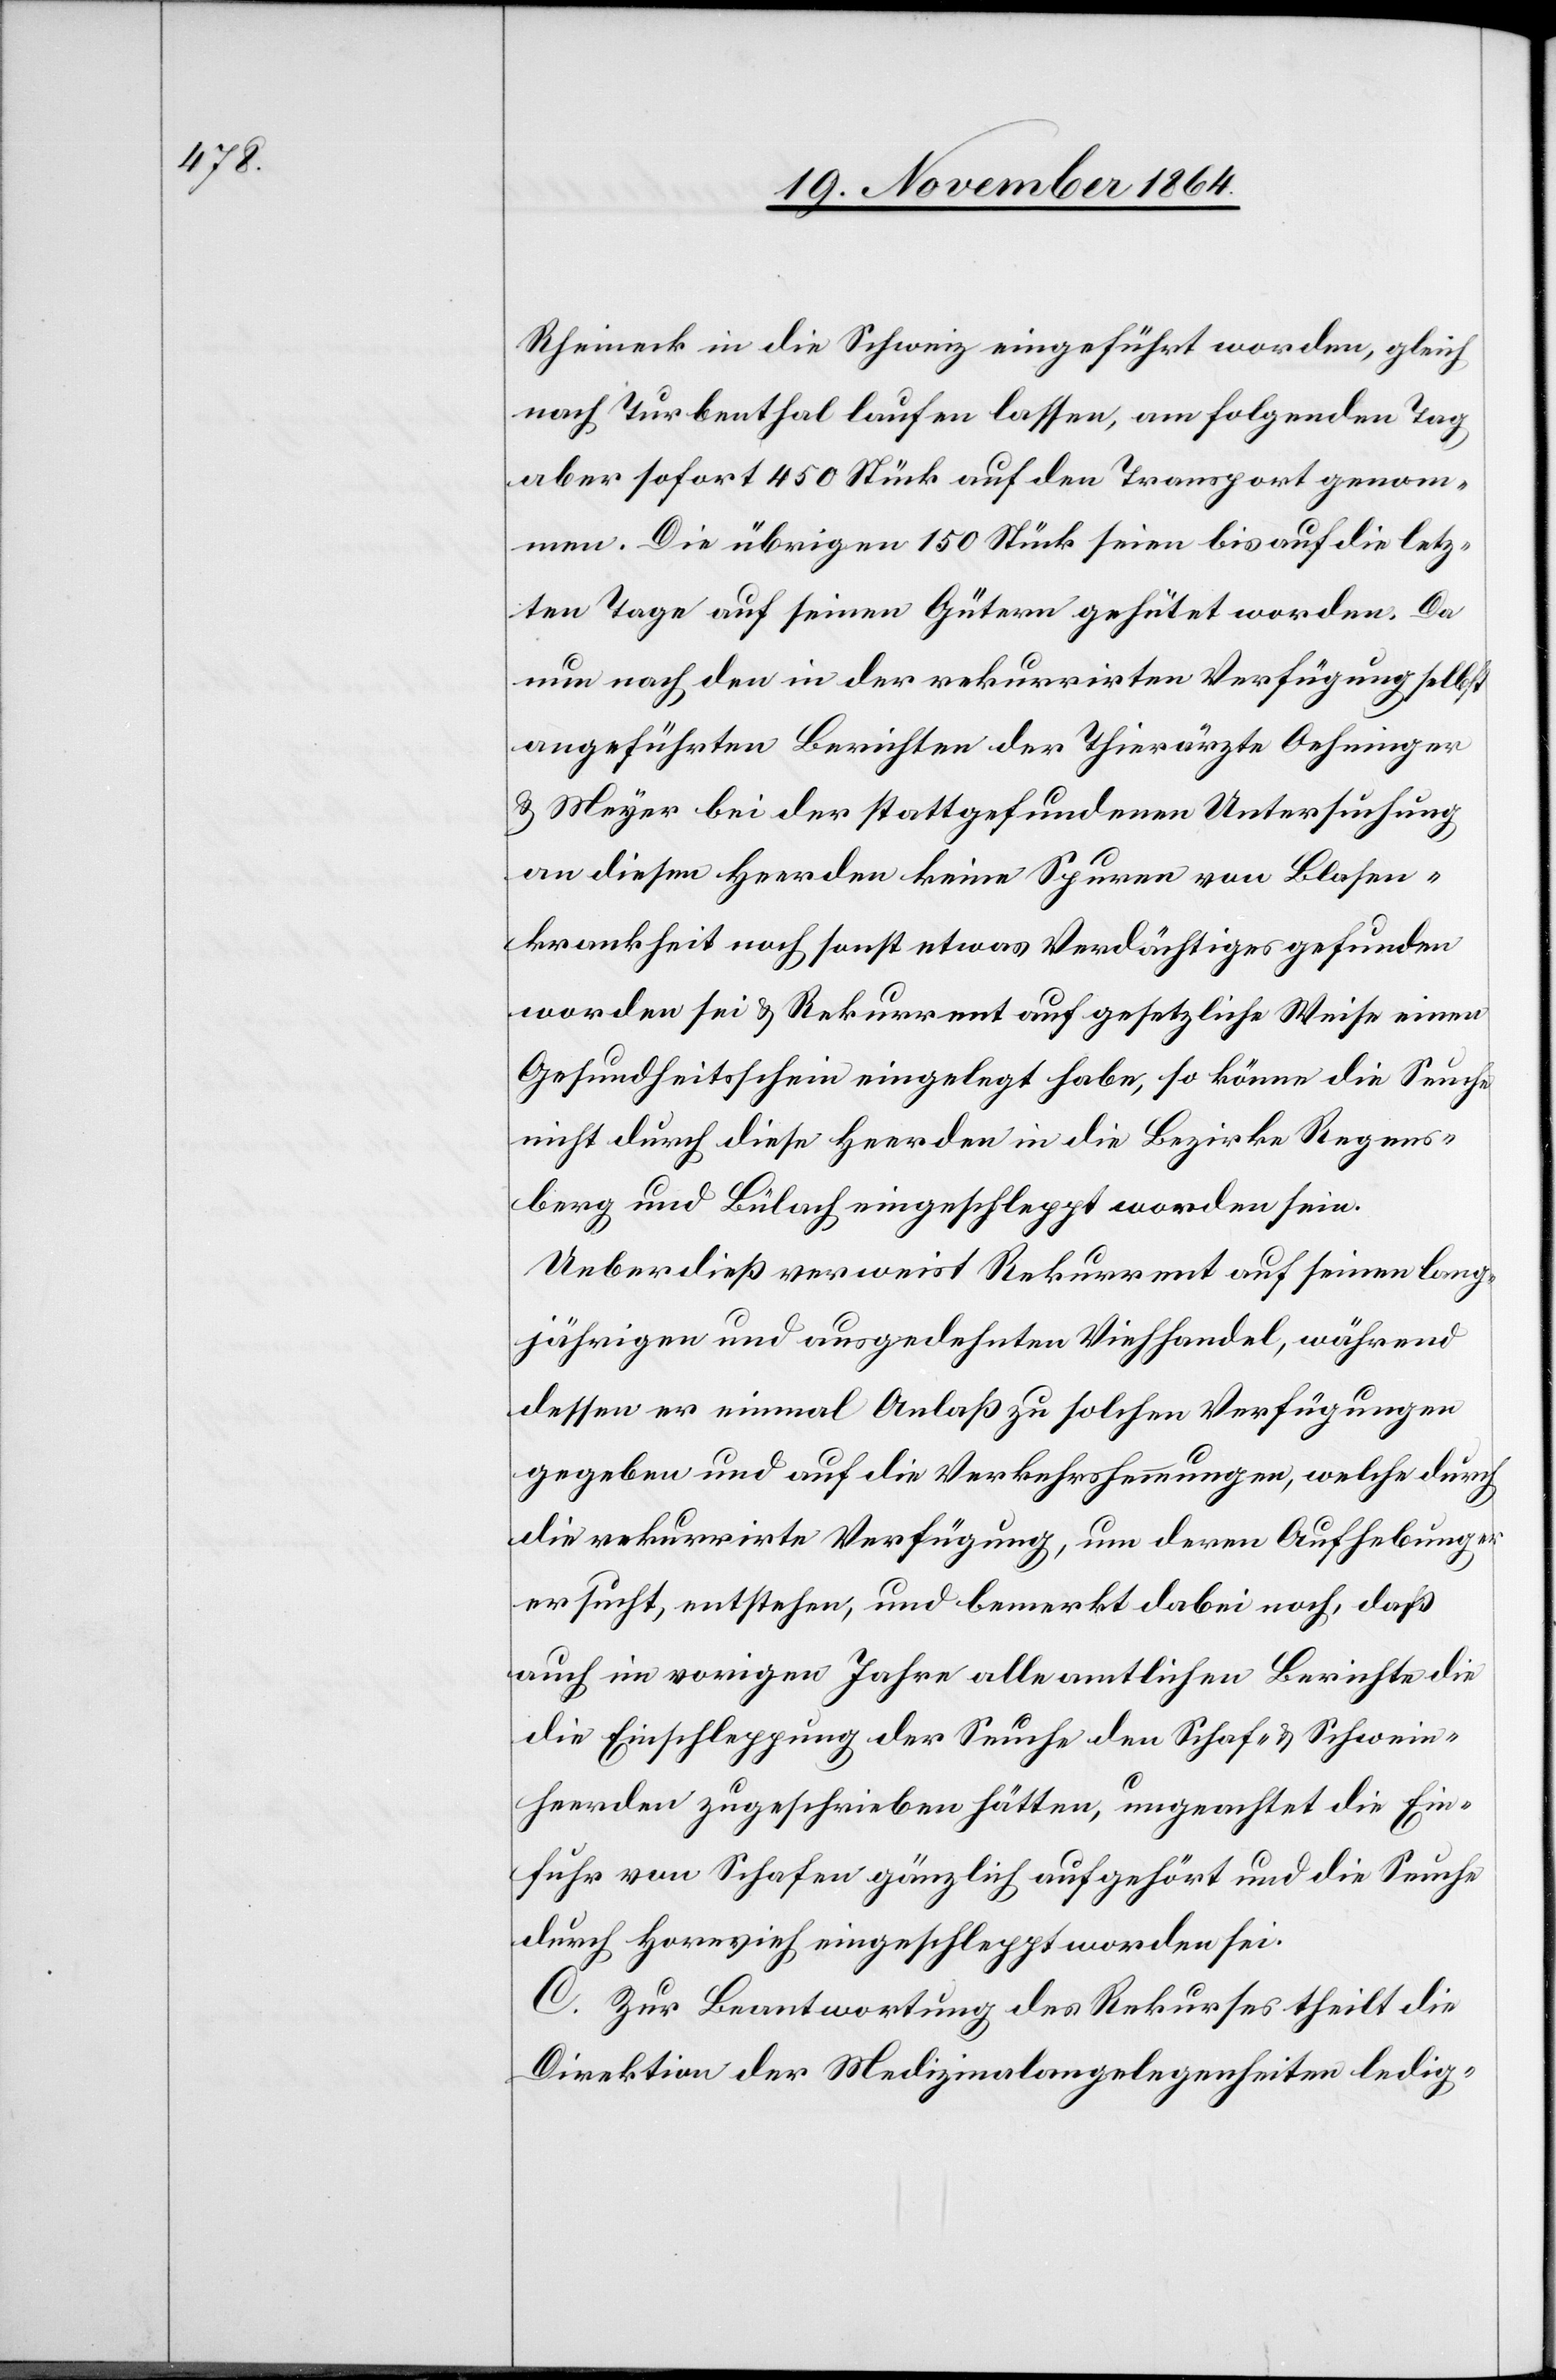
Rheineck in die Schweiz eingeführt worden, gleich
nach Turbenthal laufen lassen, am folgenden Tag
aber sofort 450 Stück auf den Transport genom¬
men. Die übrigen 150 Stück seien bis auf die letz¬
ten Tage auf seinen Gütern gehütet worden. Da
nun nach den in der rekurrirten Verfügung selbst
angeführten Berichten der Thierärzte Oehninger
& Meyer bei der stattgefundenen Untersuchung
an diesen Heerden keine Spuren von Blasen¬
krankheit noch sonst etwas Verdächtiges gefunden
worden sei & Rekurrent auf gesetzliche Weise einen
Gesundheitsschein eingelegt habe, so könne die Seuche
nicht durch diese Heerden in die Bezirke Regens¬
berg und Bülach eingeschleppt worden sein.
Ueberdieß verweist Rekurrent auf seinen lang¬
jährigen und ausgedehnten Viehhandel, während
dessen er einmal Anlaß zu solchen Verfügungen
gegeben und auf die Verkehrshemmungen, welche durch
die rekurrirte Verfügung, um deren Aufhebung er
ersucht, entstehen, und bemerkt dabei noch, dass
auch im vorigen Jahre alle amtlichen Berichte die
Einschleppung der Seuche den Schaf- & Schwein¬
heerden zugeschrieben hätten, ungeachtet die Ein¬
fuhr von Schafen gänzlich aufgehört und die Seuche
durch Hornvieh eingeschleppt worden sei.
C. Zur Beantwortung des Rekurses theilt die
Direktion der Medizinalangelegenheiten ledig-